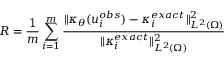
R = \frac { 1 } { m } \sum _ { i = 1 } ^ { m } \frac { \| \kappa _ { \theta } ( u _ { i } ^ { o b s } ) - \kappa _ { i } ^ { e x a c t } \| _ { L ^ { 2 } ( \Omega ) } ^ { 2 } } { \| \kappa _ { i } ^ { e x a c t } \| _ { L ^ { 2 } ( \Omega ) } ^ { 2 } }